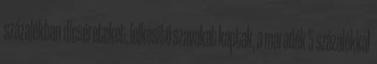
százalékban dicséreteket, lelkesítő szavakat kaptak, a maradék 5 százalékkal